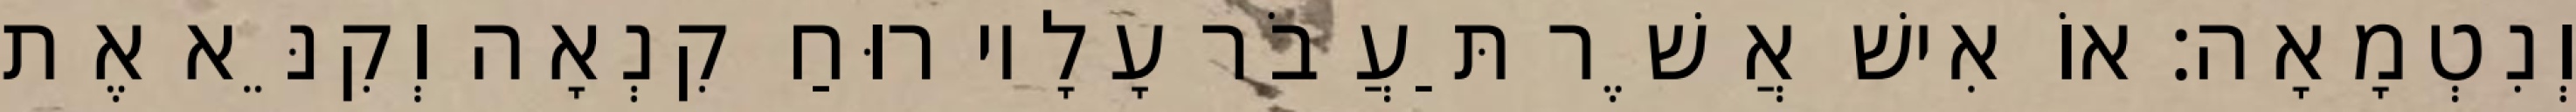
וְנִטְמָאָה׃ אוֹ אִישׁ אֲשֶׁר תַּעֲבֹר עָלָיו רוּחַ קִנְאָה וְקִנֵּא אֶת